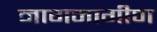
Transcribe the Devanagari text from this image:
नागनागीण